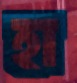
হা